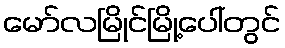
မော်လမြိုင်မြို့ပေါ်တွင်